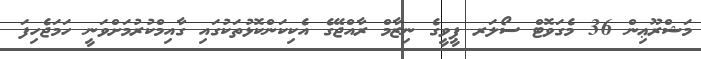
މަޝްރޫޢިން 36 މެގަވޮޓް ސޯލަރ ޕީވީގެ ނިޒާމް ރާއްޖޭގެ އެކިކަންކޮޅުތަކުގައި ގާއިމްކުރުމަށްވަނީ ހަމަޖެހިފަ